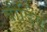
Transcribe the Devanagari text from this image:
बौर्डिए